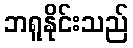
ဘရူနိုင်းသည်